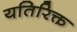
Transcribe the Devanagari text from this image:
यतिरिक्त